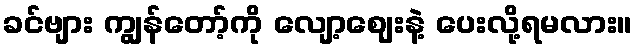
ခင်ဗျား ကျွန်တော့်ကို လျော့ဈေးနဲ့ ပေးလို့ရမလား။